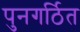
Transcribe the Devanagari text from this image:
पुनगर्ठित